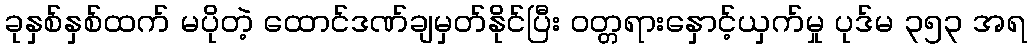
ခုနှစ်နှစ်ထက် မပိုတဲ့ ထောင်ဒဏ်ချမှတ်နိုင်ပြီး ဝတ္တရားနှောင့်ယှက်မှု ပုဒ်မ ၃၅၃ အရ